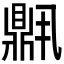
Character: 𬹧